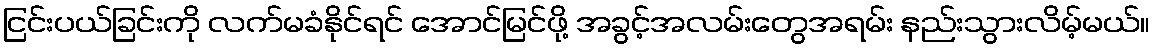
ငြင်းပယ်ခြင်းကို လက်မခံနိုင်ရင် အောင်မြင်ဖို့ အခွင့်အလမ်းတွေအရမ်း နည်းသွားလိမ့်မယ်။